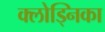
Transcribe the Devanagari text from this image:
क्लोड्निका